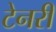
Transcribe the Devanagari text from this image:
टेनरी